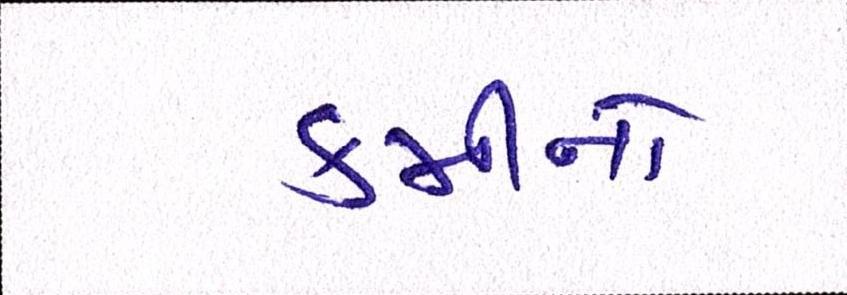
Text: કમીનો